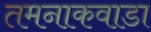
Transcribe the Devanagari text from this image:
तमनाकवाडा